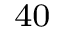
_ { 4 0 }